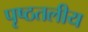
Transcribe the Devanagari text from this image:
पृष्ठतलीय